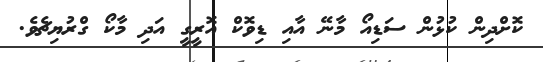
ކޮށްދިން ކުޅުން ސަޑިއޯ މާނޭ އާއި ޑިވޮކް އޮރީގީ އަދި މާކޯ ގްރުޔިޗެވެ.